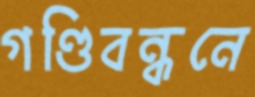
গণ্ডিবন্ধনে